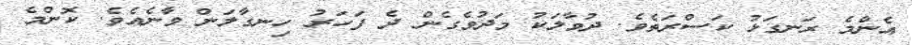
އެންމެ ރަނގަޅު ކަސްރަތެވެ. ދުވާލަކު މަދުވެގެން ދެ ފަހަރު ހިނގާލަން ވާނެއެވެ. ކޮންމެ